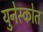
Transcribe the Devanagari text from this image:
युनेस्कोत